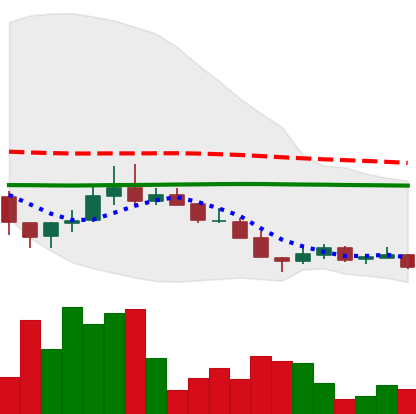
Ticker: LINK-USD
Chart end date: 2018-12-13
Forward return: 31.371%
Label: up_7plus